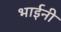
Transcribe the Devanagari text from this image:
भाईनी